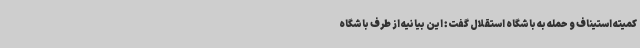
کمیته استیناف و حمله به باشگاه استقلال گفت: این بیانیه از طرف باشگاه